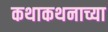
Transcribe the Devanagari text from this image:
कथाकथनाच्या